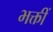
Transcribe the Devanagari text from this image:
भक्तीं